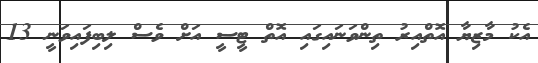
އެކު މާޒިޔާ އޮތްއިރު ތިންވަނައިގައި އޮތް ޓީސީ އަށް ވެސް ލިބިފައިވަނީ 13